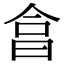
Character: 𣌭